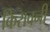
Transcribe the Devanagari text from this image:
किरावनी